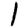
Digit: 1